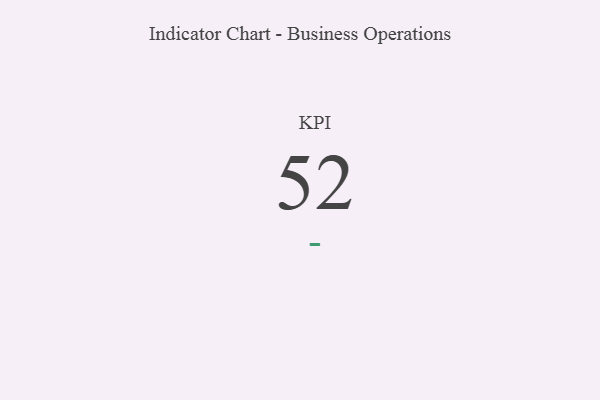
{"axis": {"x": "KPI", "y": "Value"}, "legend": [""], "data": [{"x": "KPI", "y": 52, "type": ""}]}